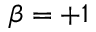
\beta = + 1